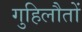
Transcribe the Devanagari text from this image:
गुहिलौतों